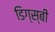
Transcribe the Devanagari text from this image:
डिग्स्बी